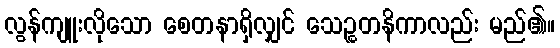
လွန်ကျူးလိုသော စေတနာရှိလျှင် သေဉ္စတနိကာလည်း မည်၏။